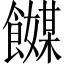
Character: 𬲞